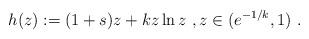
LaTeX: \begin{align*}h(z) := (1+s) z + k z \ln{z}\ , z\in (e^{-1/k},1)\ . \end{align*}